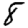
Digit: 8